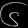
Digit: ၆